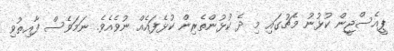
ޕީއެސްޖީން ކުޅުނު މެޗުގައި މި ދެ ކުޅުންތެރިން ކުޅެފައެއް ނުވެއެވެ. ނަމަވެސް ފާއިތުވި